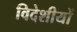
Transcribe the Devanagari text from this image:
विदेशीयों